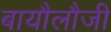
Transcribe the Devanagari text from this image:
बायौलौजी